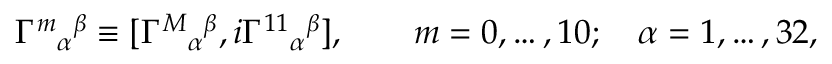
{ \Gamma ^ { m } } _ { \alpha } { } ^ { \beta } \equiv [ { \Gamma ^ { M } } _ { \alpha } { } ^ { \beta } , i { \Gamma ^ { 1 1 } } _ { \alpha } { } ^ { \beta } ] , \qquad m = 0 , \dots , 1 0 ; \quad \alpha = 1 , \dots , 3 2 ,